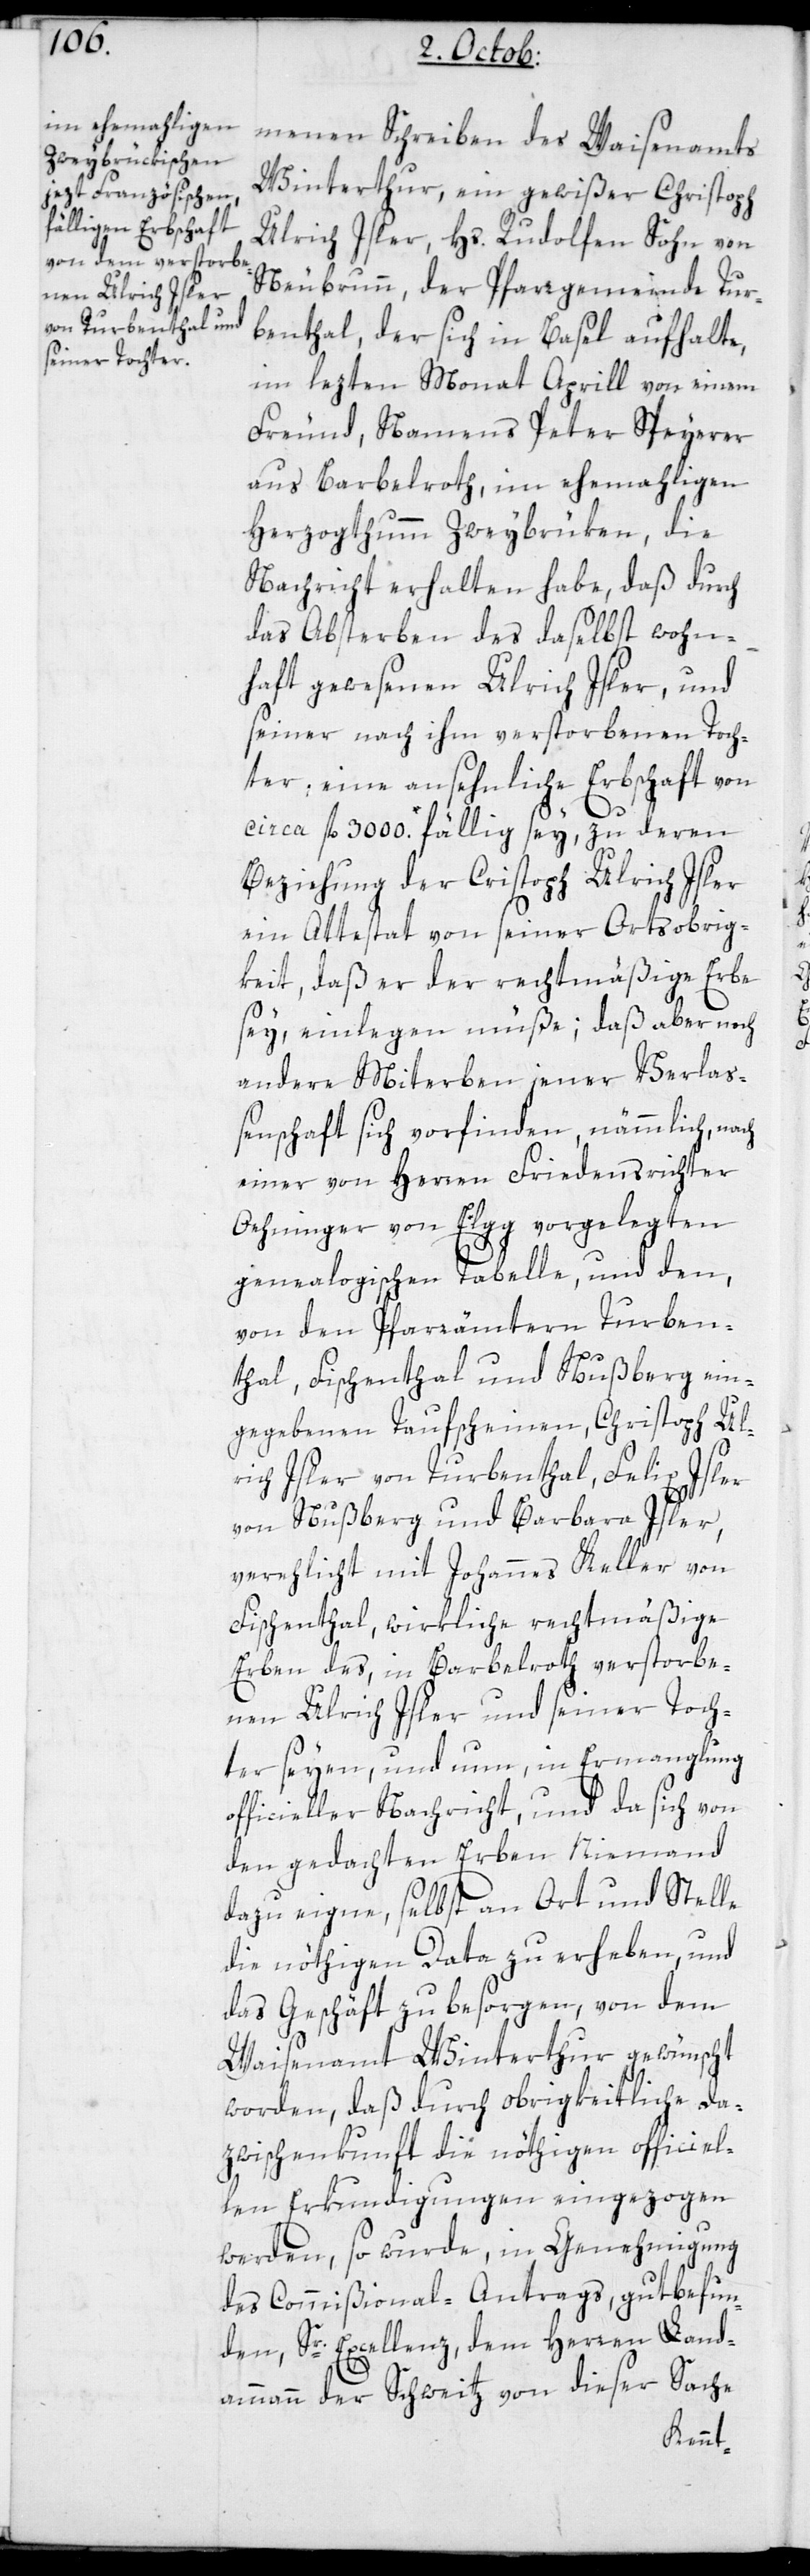
menen Schreiben des Waisenamts
Winterthur, ein gewißer Christoph
Ulrich Isler, Hs. Rudolfen Sohn von
Neubrunn, der Pfarrgemeinde Tur¬
benthal, der sich in Basel aufhalte,
im lezten Monat Aprill von einem
Freund, Namens Peter Speyerer
aus Barbelroth, im ehemahligen
Herzogthumm Zweybrüken, die
Nachricht erhalten habe, daß durch
das Absterben des daselbst wohn¬
haft gewesenen Urlich Isler, und
seiner nach ihm verstorbenen Toch¬
ter, eine ansehnlich Erbschaft von
circa fl. 3000. fällig sey, zu deren
Beziehung der Chistoph Ulrich Isler
ein Attestat von seiner Ortsobrig¬
keit, daß er der rechtmäßige Erbe
sey, einlegen müße; daß aber noch
andere Miterben jener Verlas¬
senschaft sich vorfinden, nämmlich, nach
einer von Herren Friedensrichter
Oehninger von Elgg vorgelegten
genealogischen Tabelle, und den,
von den Pfarrämtern Turben¬
thal, Fischenthal und Nußberg ein¬
gegebenen Taufscheinen, Christoph Ul¬
rich Isler von Turbenthal, Felix Isler
von Nußberg und Barbara Isler,
verehlicht mit Johannes Keller von
Fischenthal, wirkliche rechtmäßige
Erben des, in Barbelroth verstorbe¬
nen Ulrich Isler und seiner Toch¬
ter seyen, und nun, in Ermangelung
officieller Nachricht, und da sich von
den gedachten Erben Niemand
dazu eigne, selbst an Ort und Stelle
die nöthigen Data zu erheben, und
das Geschäft zu besorgen, von dem
Waisenamt Winterthur gewünscht
worden, daß durch Obrigkeitliche Da¬
zwischenkunft die nöthigen officiel¬
len Erkundigungen eingezogen
werden, so wurde, in Genehmigung
des Commißional-Antrags, gutbefun¬
den, Sr. Excellenz dem Herren Land¬
ammann der Schweitz von dieser Sache